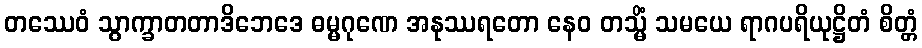
တဿေဝံ သွာက္ခာတတာဒိဘေဒေ ဓမ္မဂုဏေ အနုဿရတော နေဝ တသ္မိံ သမယေ ရာဂပရိယုဋ္ဌိတံ စိတ္တံ